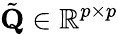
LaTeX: \tilde{\mathbf{Q}}\in\mathbb{R}^{p\times p}